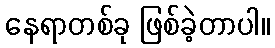
နေရာတစ်ခု ဖြစ်ခဲ့တာပါ။